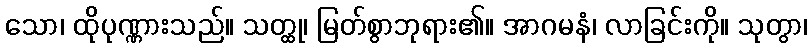
သော၊ ထိုပုဏ္ဏားသည်။ သတ္ထု၊ မြတ်စွာဘုရား၏။ အာဂမနံ၊ လာခြင်းကို။ သုတွာ၊